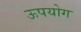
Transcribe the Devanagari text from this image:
ऊपयोग